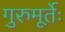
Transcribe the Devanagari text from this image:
गुरुमूर्तेः